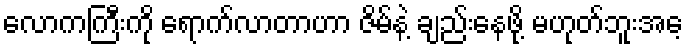
လောကကြီးကို ရောက်လာတာဟာ ဇိမ်နဲ့ ချည်းနေဖို့ မဟုတ်ဘူးအေ့